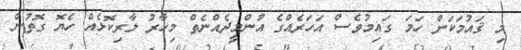
މި ޤައުމަކަށް ހަމަ ގައިމުވެސް އަހަރެއްގެ އުންމީދެއްނެތް މިހާރު ލާރިކޮޅެއް ހެޔޮ ގޮތުން